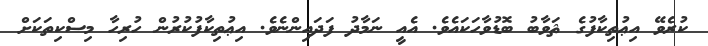
ކުރެވޭ އިޢުތިކާފުގެ ޘަވާބު ބޮޑުވާހަކައެވެ. އެއީ ނަމާދު ފަދައިންނެވެ. އިޢުތިކާފުކުރުން ހުރިހާ މިސްކިތަކަށް